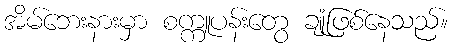
အိမ်ဘေးနားမှာ စက္ကူပန်းတွေ ချုံဖြစ်နေသည်။